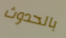
بالحدوث